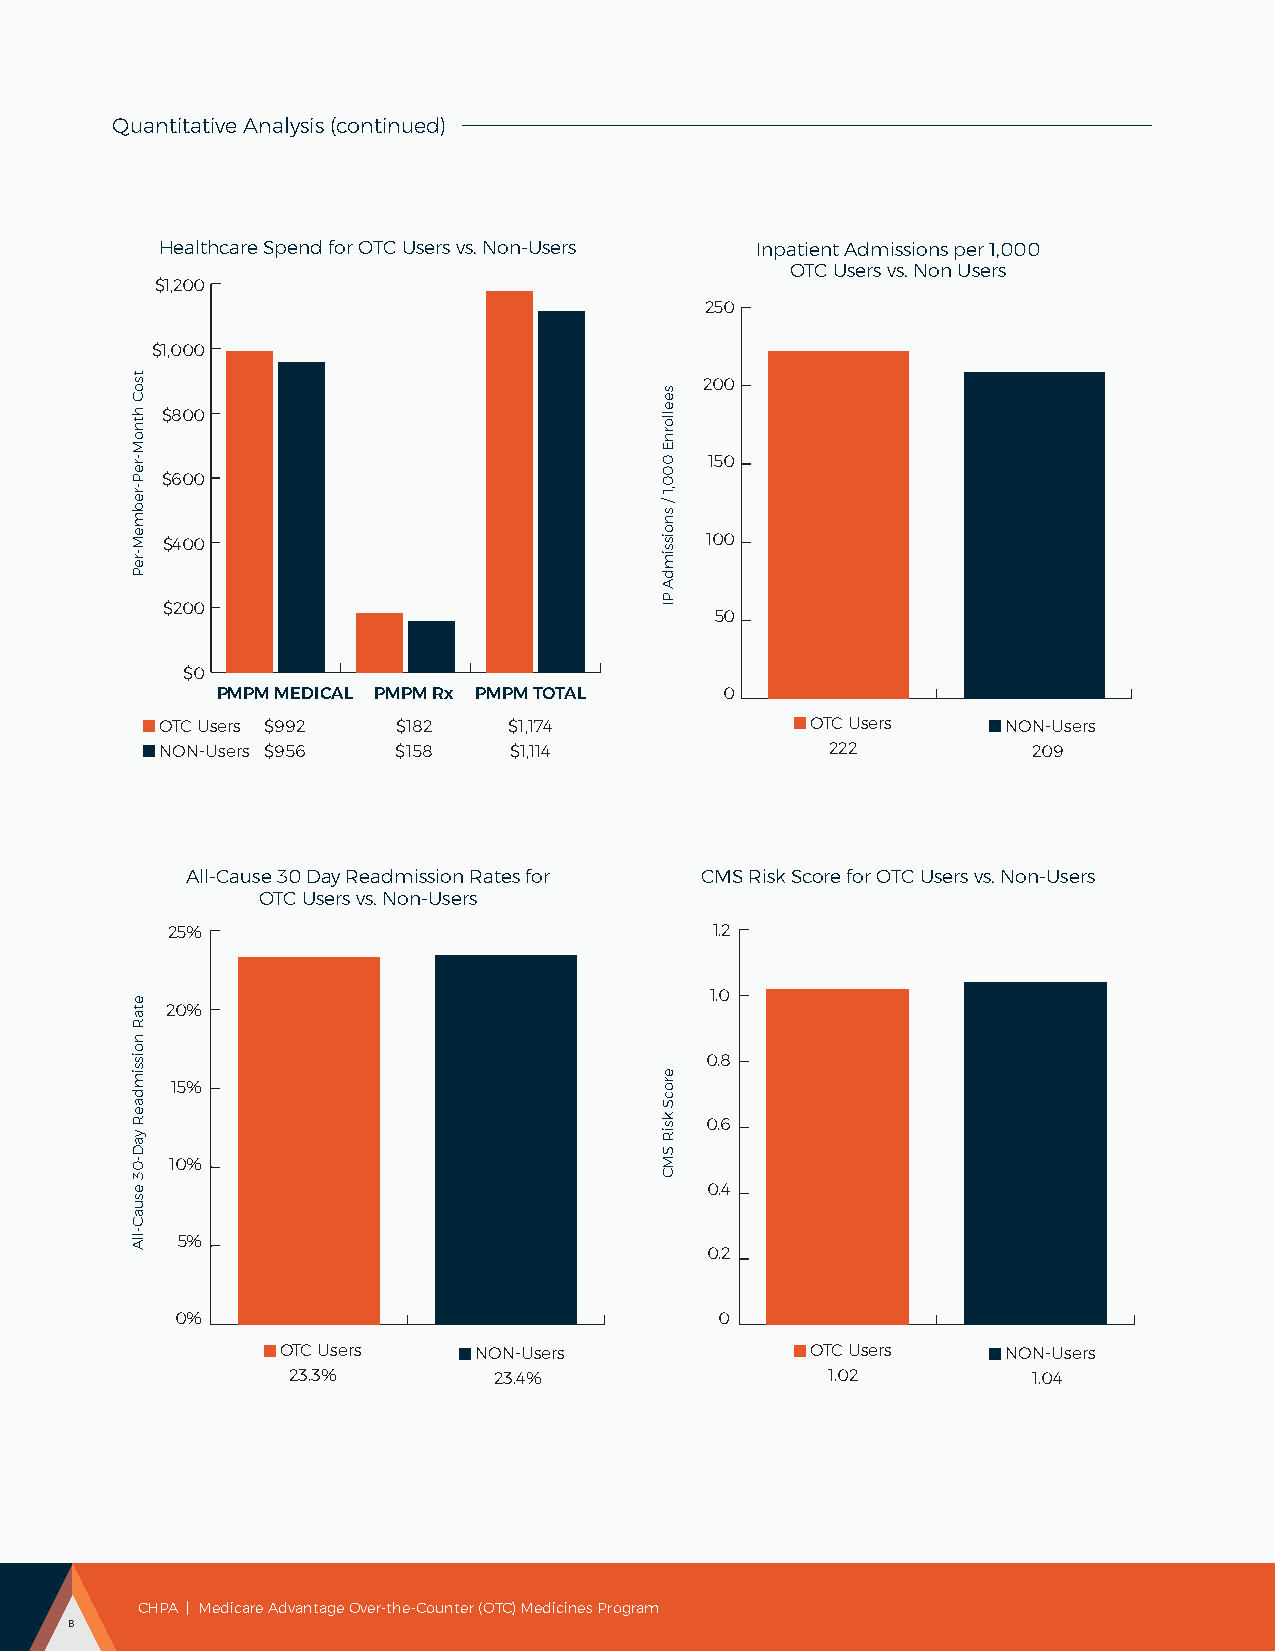
Quantitative Analysis (continued)
 Healthcare Spend for OTC Users vs. Non-Users Inpatient Admissions per 1,000
 OTC Users vs. Non Users
 $1,200
 250
 $1,000
 200
 $800
 150
 $600
 $400                                100
 $200
 50
 $0
 PMPM MEDICAL PMPM Rx PMPM TOTAL   0
 OTC Users $992 $182    $1,174              OTC Users    NON-Users
 NON-Users $956 $158    $1,114               222          209
 All-Cause 30 Day Readmission Rates for CMS Risk Score for OTC Users vs. Non-Users
 OTC Users vs. Non-Users
 25%                                 1.2
 1.0
 20%
 0.8
 15%
 0.6
 10%
 0.4
 5%
 0.2
 0%                                  0
 OTC Users   NON-Users              OTC Users    NON-Users
 23.3%         23.4%                 1.02         1.04
 CHPA | Medicare Advantage Over-the-Counter (OTC) Medicines Program
 8
 tsoC
 htnoM-reP-rebmeM-reP
 etaR
 noissimdaeR
 yaD-03
 esuaC-llA
 seellornE
 000,1
 /
 snoissimdA
 PI
 erocS
 ksiR
 SMC